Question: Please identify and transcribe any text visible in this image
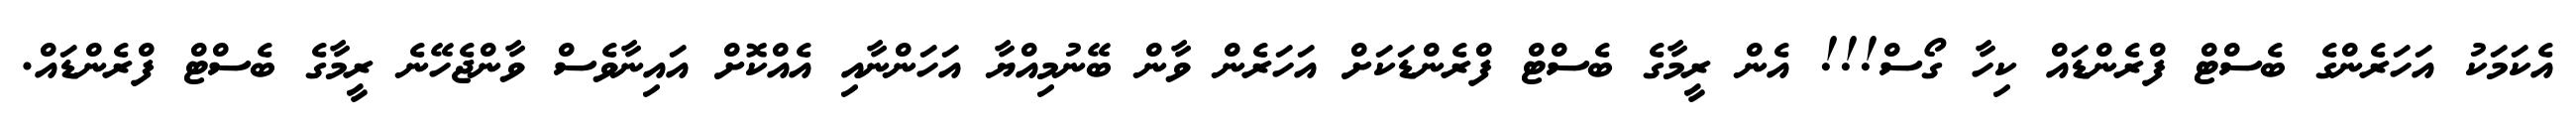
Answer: އެކަމަކު އަހަރެންގެ ބެސްޓް ފްރެންޑައް ކިހާ ގޯސް!!! އެން ރީމާގެ ބެސްޓް ފްރެންޑަކަށް އަހަރެން ވާން ބޭނުމިއްޔާ އަހަންނާއި އެއްކޮށް އައިނާވެސް ވާންޖެހޭނެ ރީމާގެ ބެސްޓް ފްރެންޑައް.